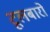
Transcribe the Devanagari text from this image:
टूलबारों